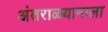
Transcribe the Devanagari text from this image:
अंतराळयानाला